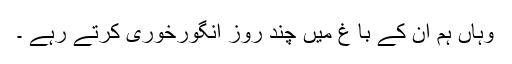
وہاں ہم ان کے با غ میں چند روز انگورخوری کرتے رہے ۔